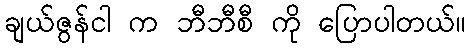
ချယ်ဇွန်ငါ က ဘီဘီစီ ကို ပြောပါတယ်။